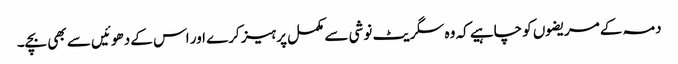
دمہ کے مریضوں کو چاہیے کہ وہ سگریٹ نوشی سے مکمل پرہیز کرے اور اس کے دھوئیں سے بھی بچے۔